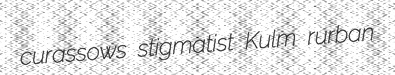
curassows stigmatist Kulm rurban